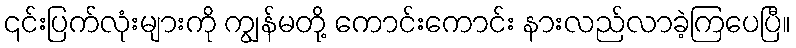
၎င်းပြက်လုံးများကို ကျွန်မတို့ ကောင်းကောင်း နားလည်လာခဲ့ကြပေပြီ။